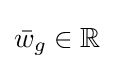
{\bar {w}}_{g}\in {\mathbb {R^{d}} }